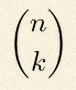
\binom{n}{k}